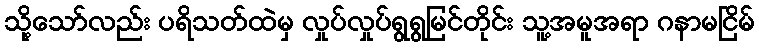
သို့သော်လည်း ပရိသတ်ထဲမှ လှုပ်လှုပ်ရွရွမြင်တိုင်း သူ့အမူအရာ ဂနာမငြိမ်